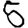
Digit: 5